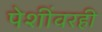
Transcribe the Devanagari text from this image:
पेशींवरही